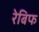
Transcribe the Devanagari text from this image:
रेबिफ